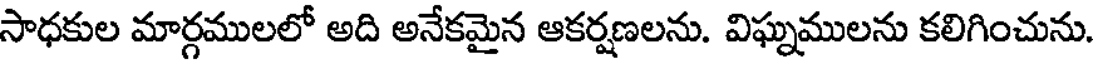
సాధకుల మార్గములలో అది అనేకమైన ఆకర్షణలను. విఘ్నములను కలిగించును.